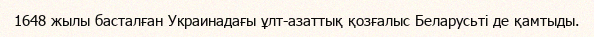
1648 жылы басталған Украинадағы ұлт-азаттық қозғалыс Беларусьті де қамтыды.